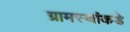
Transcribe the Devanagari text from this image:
ग्रामस्‍थांकडे